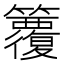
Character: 𥷱